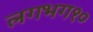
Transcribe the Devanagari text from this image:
लगभग१०